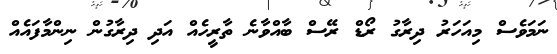
ނަމަވެސް މިއަހަރު ދިރާގު ރޯޑް ރޭސް ބާއްވާނެ ތާރީހެއް އަދި ދިރާގުން ނިންމާފައެއް